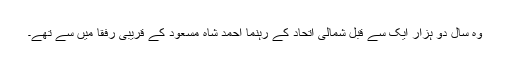
وہ سال دو ہزار ایک سے قبل شمالی اتحاد کے رہنما احمد شاہ مسعود کے قریبی رفقا میں سے تھے۔